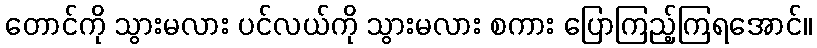
တောင်ကို သွားမလား ပင်လယ်ကို သွားမလား စကား ပြောကြည့်ကြရအောင်။